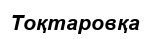
Тоқтаровқа